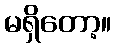
မရှိတော့။